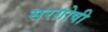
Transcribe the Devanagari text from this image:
सरग़ोषी